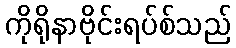
ကိုရိုနာဗိုင်းရပ်စ်သည်